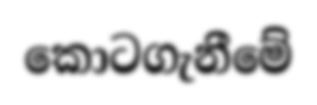
කොටගැනීමේ